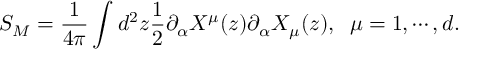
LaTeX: S _ { M } = \frac { 1 } { 4 \pi } \int d ^ { 2 } z \frac { 1 } { 2 } \partial _ { \alpha } X ^ { \mu } ( z ) \partial _ { \alpha } X _ { \mu } ( z ) , \; \; \mu = 1 , \cdots , d .